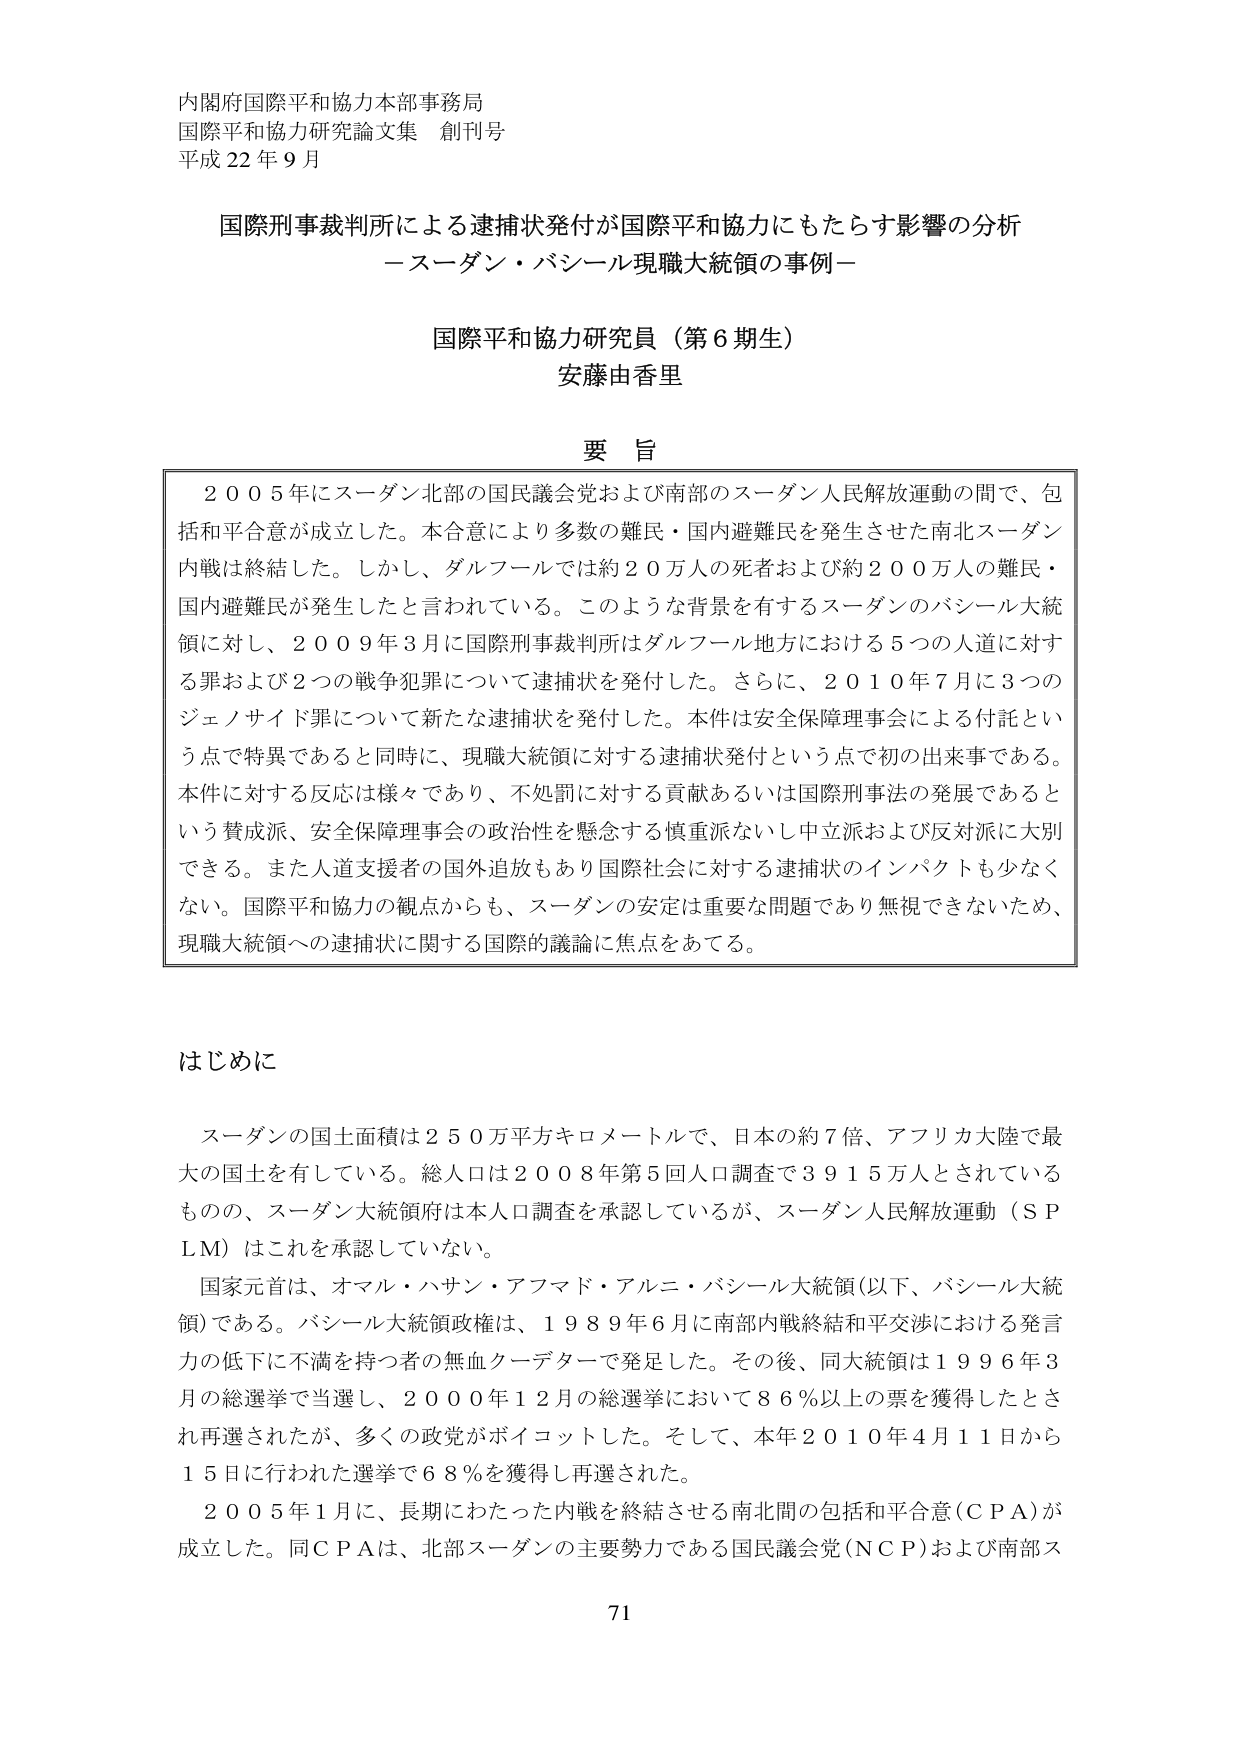
内閣府国際平和協力本部事務局
国際平和協力研究論文集 創刊号
平成22年9月

国際刑事裁判所による逮捕状発付が国際平和協力にもたらす影響の分析
－スーダン・バシール現職大統領の事例－

国際平和協力研究員（第6期生）
安藤由香里

要旨
2005年にスーダン北部の国民議会党および南部のスーダン人民解放運動の間で、包括和平合意が成立した。本合意により多数の難民・国内避難民を発生させた南北スーダン内戦は終結した。しかし、ダルフールでは約20万人の死者および約200万人の難民・国内避難民が発生したと言われている。このような背景を有するスーダンのバシール大統領に対し、2009年3月に国際刑事裁判所はダルフール地方における5つの人道に対する罪および2つの戦争犯罪について逮捕状を発付した。さらに、2010年7月に3つのジェノサイド罪について新たな逮捕状を発付した。本件は安全保障理事会による付託という点で特異であると同時に、現職大統領に対する逮捕状発付という点で初の出来事である。本件に対する反応は様々であり、不処罰に対する貢献あるいは国際刑事法の発展であるという賛成派、安全保障理事会の政治性を懸念する慎重派ないし中立派および反対派に大別できる。また人道支援者の国外追放もあり国際社会に対する逮捕状のインパクトも少なくない。国際平和協力の観点からも、スーダンの安定は重要な問題であり無視できないため、現職大統領への逮捕状に関する国際的議論に焦点をあてる。

はじめに
スーダンの国土面積は250万平方キロメートルで、日本の約7倍、アフリカ大陸で最大の国土を有している。総人口は2008年第5回人口調査で3915万人とされているものの、スーダン大統領府は本人口調査を承認しているが、スーダン人民解放運動（SPLM）はこれを承認していない。
国家元首は、オマル・ハサン・アフマド・アル＝バシール大統領（以下、バシール大統領）である。バシール大統領政権は、1989年6月に南部内戦終結和平交渉における発言力の低下に不満を持つ者の無血クーデターで発足した。その後、同大統領は1996年3月の総選挙で当選し、2000年12月の総選挙において86％以上の票を獲得したとされ再選されたが、多くの政党がボイコットした。そして、本年2010年4月11日から15日に行われた選挙で68％を獲得し再選された。
2005年1月に、長期にわたった内戦を終結させる南北間の包括和平合意（CPA）が成立した。同CPAは、北部スーダンの主要勢力である国民議会党（NCP）および南部ス

71